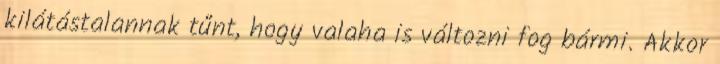
kilátástalannak tűnt, hogy valaha is változni fog bármi. Akkor